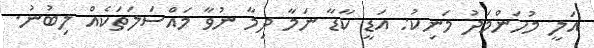
އަލީ މުހަންމަދު މަނިކު: އަޑީ ކާޑާ ނަމާ ދިމާ ނުވާ މައްސަލަތަކެއް ލިބުނު.